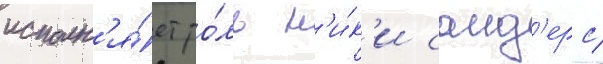
исполн'я́ет ро́ль н'и́к'и санд'ерс/